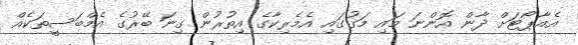
އެއާޕޯޓަށް ދާން އޮންނަ މައި މަގުގައި އެމެރިކާގެ އިތުރުން ގިނަ ބޭރުގެ އެމްބަސީތަކެއް